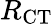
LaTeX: R_{\mathrm{CT}}